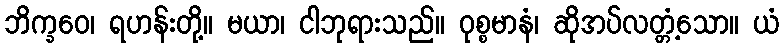
ဘိက္ခဝေ၊ ရဟန်းတို့။ မယာ၊ ငါဘုရားသည်။ ဝုစ္စမာနံ၊ ဆိုအပ်လတ္တံ့သော။ ယံ